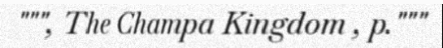
""", The Champa Kingdom , p."""